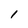
Character: 1